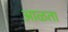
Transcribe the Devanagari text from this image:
आळता